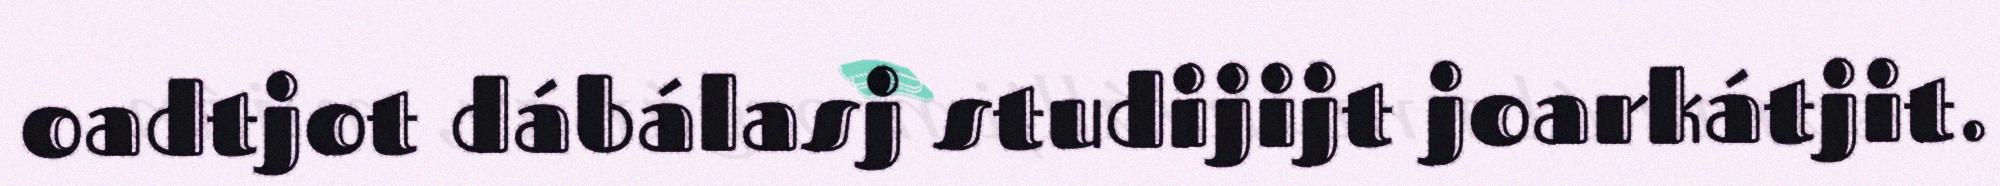
oadtjot dábálasj studijijt joarkátjit.